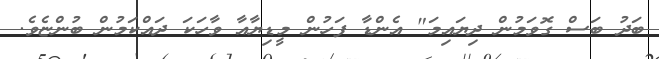
ބަދު ބަސް ގޮވަމުން ދިޔައިމަ" އެންޑާ ފަހުން މީޑިޔާއާ ވާހަކަ ދައްކަމުން ބުންޏެވެ.